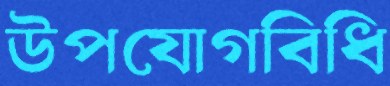
উপযোগবিধি